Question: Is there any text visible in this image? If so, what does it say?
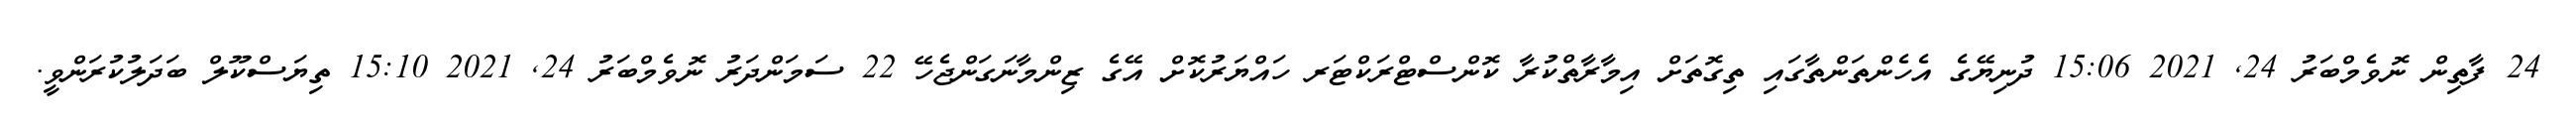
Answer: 24 ފާތިން ނޮވެމްބަރު 24, 2021 15:06 ދުނިޔޭގެ އެހެންތަންތާގައި ތިގޮތަށް އިމާރާތްކުރާ ކޮންސްޓްރަކްޓަރ ހައްޔަރުކޮށް އޭގެ ޒިންމާނަގަންޖެހޭ 22 ސަމަންދަރު ނޮވެމްބަރު 24, 2021 15:10 ތިޔަސްކޫލް ބަދަލުކުރަންވީ.